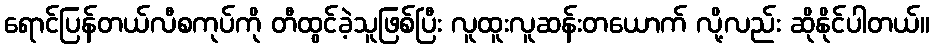
ရောင်ပြန်တယ်လီစကုပ်ကို တီထွင်ခဲ့သူဖြစ်ပြီး လူထူးလူဆန်းတယောက် လို့လည်း ဆိုနိုင်ပါတယ်။